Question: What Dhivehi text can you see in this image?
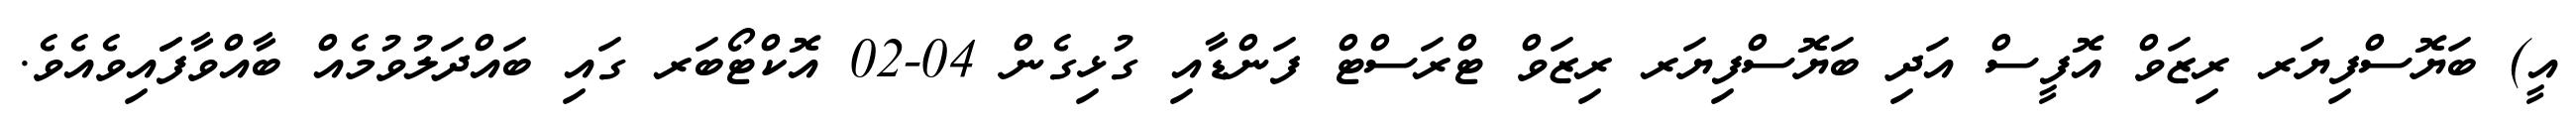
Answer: އީ) ބަޔޮސްފިޔަރ ރިޒަވް އޮފީސް އަދި ބަޔޮސްފިޔަރ ރިޒަވް ޓްރަސްޓް ފަންޑާއި ގުޅިގެން 04-02 އޮކްޓޯބަރ ގައި ބައްދަލުވުމެއް ބާއްވާފަައިވެއެވެ.